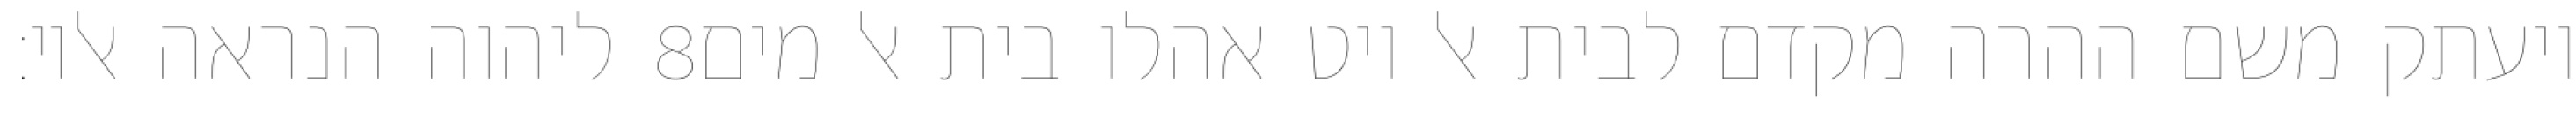
ליהוה הנראה אליו׃ ‎8‏ ויעתק משם ההרה מקדם לבית אל ויט אהלו בית אל מים